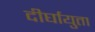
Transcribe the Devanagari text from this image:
दीर्घायुता